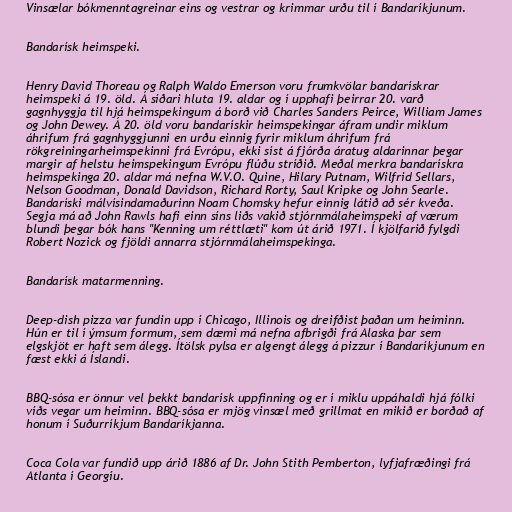
Vinsælar bókmenntagreinar eins og vestrar og krimmar urðu til í Bandaríkjunum.

Bandarísk heimspeki.

Henry David Thoreau og Ralph Waldo Emerson voru frumkvölar bandarískrar
heimspeki á 19. öld. Á síðari hluta 19. aldar og í upphafi þeirrar 20. varð
gagnhyggja til hjá heimspekingum á borð við Charles Sanders Peirce, William James
og John Dewey. Á 20. öld voru bandarískir heimspekingar áfram undir miklum
áhrifum frá gagnhyggjunni en urðu einnig fyrir miklum áhrifum frá
rökgreiningarheimspekinni frá Evrópu, ekki síst á fjórða áratug aldarinnar þegar
margir af helstu heimspekingum Evrópu flúðu stríðið. Meðal merkra bandarískra
heimspekinga 20. aldar má nefna W.V.O. Quine, Hilary Putnam, Wilfrid Sellars,
Nelson Goodman, Donald Davidson, Richard Rorty, Saul Kripke og John Searle.
Bandaríski málvísindamaðurinn Noam Chomsky hefur einnig látið að sér kveða.
Segja má að John Rawls hafi einn síns liðs vakið stjórnmálaheimspeki af værum
blundi þegar bók hans "Kenning um réttlæti" kom út árið 1971. Í kjölfarið fylgdi
Robert Nozick og fjöldi annarra stjórnmálaheimspekinga.

Bandarísk matarmenning.

Deep-dish pizza var fundin upp í Chicago, Illinois og dreifðist þaðan um heiminn.
Hún er til í ýmsum formum, sem dæmi má nefna afbrigði frá Alaska þar sem
elgskjöt er haft sem álegg. Ítölsk pylsa er algengt álegg á pizzur í Bandaríkjunum en
fæst ekki á Íslandi.

BBQ-sósa er önnur vel þekkt bandarísk uppfinning og er í miklu uppáhaldi hjá fólki
víðs vegar um heiminn. BBQ-sósa er mjög vinsæl með grillmat en mikið er borðað af
honum í Suðurríkjum Bandaríkjanna.

Coca Cola var fundið upp árið 1886 af Dr. John Stith Pemberton, lyfjafræðingi frá
Atlanta í Georgíu.